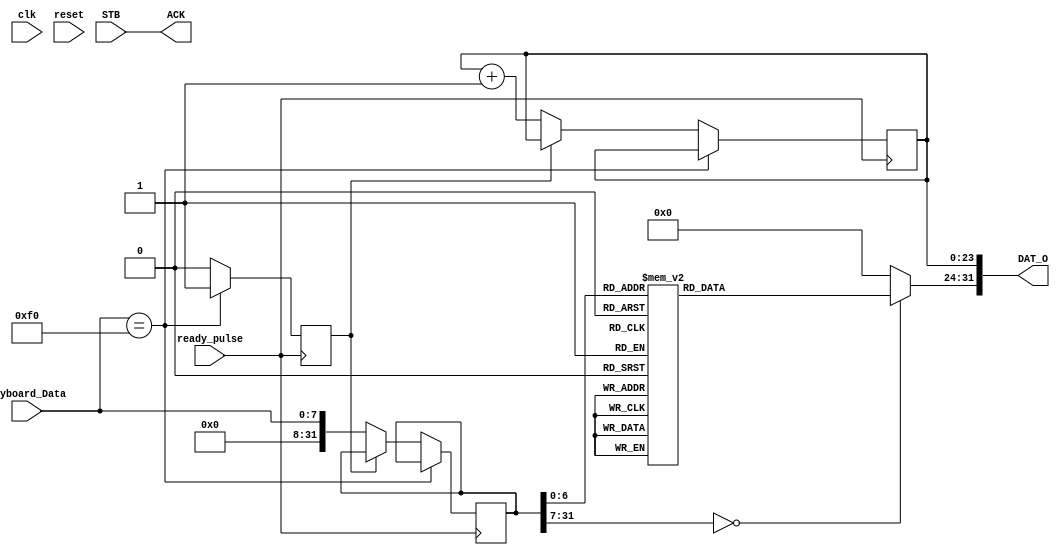
module Keyboard_driver(clk, reset, ready_pulse, Keyboard_Data, ACK, STB, DAT_O);
    input clk;
    input reset;
    input ready_pulse;
    input [7: 0] Keyboard_Data;
    input STB;
    output ACK;
    output [31: 0] DAT_O;
    reg [31: 0] data_hold = 0;
    reg [7: 0] data_cooked;
    reg [23: 0] data_cnt = 0;
    reg f0 = 0;
    assign DAT_O = {data_cooked, data_cnt};
    assign ACK = STB;
    always @(posedge ready_pulse) begin
        if (Keyboard_Data == 8'hf0)
            f0 <= 1;
        else begin
            if (!f0) begin
                data_hold <= Keyboard_Data;
                data_cnt <= data_cnt + 1;
            end else
                f0 <= 0;
        end
    end
    always @* begin
        case(data_hold)
            8'h16: data_cooked = 49;
            8'h1E: data_cooked = 50;
            8'h26: data_cooked = 51;
            8'h25: data_cooked = 52;
            8'h2E: data_cooked = 53;
            8'h36: data_cooked = 54;
            8'h3D: data_cooked = 55;
            8'h3E: data_cooked = 56;
            8'h46: data_cooked = 57;
            8'h45: data_cooked = 48;
            8'h4E: data_cooked = 45;
            8'h55: data_cooked = 43;
            8'h15: data_cooked = 113;
            8'h1D: data_cooked = 119;
            8'h24: data_cooked = 101;
            8'h2D: data_cooked = 114;
            8'h2C: data_cooked = 116;
            8'h35: data_cooked = 121;
            8'h3C: data_cooked = 117;
            8'h43: data_cooked = 105;
            8'h44: data_cooked = 111;
            8'h4D: data_cooked = 112;
            8'h54: data_cooked = 91;
            8'h5B: data_cooked = 93;
            8'h1C: data_cooked = 97;
            8'h1B: data_cooked = 115;
            8'h23: data_cooked = 100;
            8'h2B: data_cooked = 102;
            8'h34: data_cooked = 103;
            8'h33: data_cooked = 104;
            8'h3B: data_cooked = 106;
            8'h42: data_cooked = 107;
            8'h4B: data_cooked = 108;
            8'h4C: data_cooked = 59;
            8'h52: data_cooked = 92;
            8'h1A: data_cooked = 122;
            8'h22: data_cooked = 120;
            8'h21: data_cooked = 99;
            8'h2A: data_cooked = 118;
            8'h32: data_cooked = 98;
            8'h31: data_cooked = 110;
            8'h3A: data_cooked = 109;
            8'h41: data_cooked = 44;
            8'h49: data_cooked = 46;
            8'h4A: data_cooked = 47;
            8'h29: data_cooked = 32;
            8'h66: data_cooked = 8; 
            8'h5A: data_cooked = 10;
            default: data_cooked = 0;
        endcase
    end
endmodule